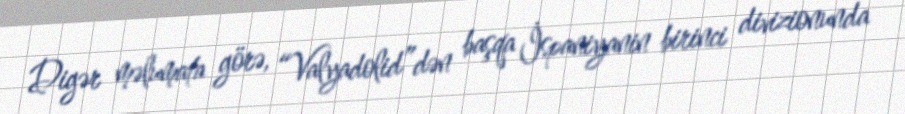
Digər məlumata görə, “Valyadolid”dən başqa İspaniyanin birinci divizionunda